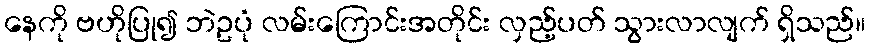
နေကို ဗဟိုပြု၍ ဘဲဥပုံ လမ်းကြောင်းအတိုင်း လှည့်ပတ် သွားလာလျက် ရှိသည်။